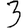
Digit: 3